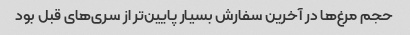
حجم مرغ‌ها در آخرین سفارش بسیار پایین‌تر از سری‌های قبل بود